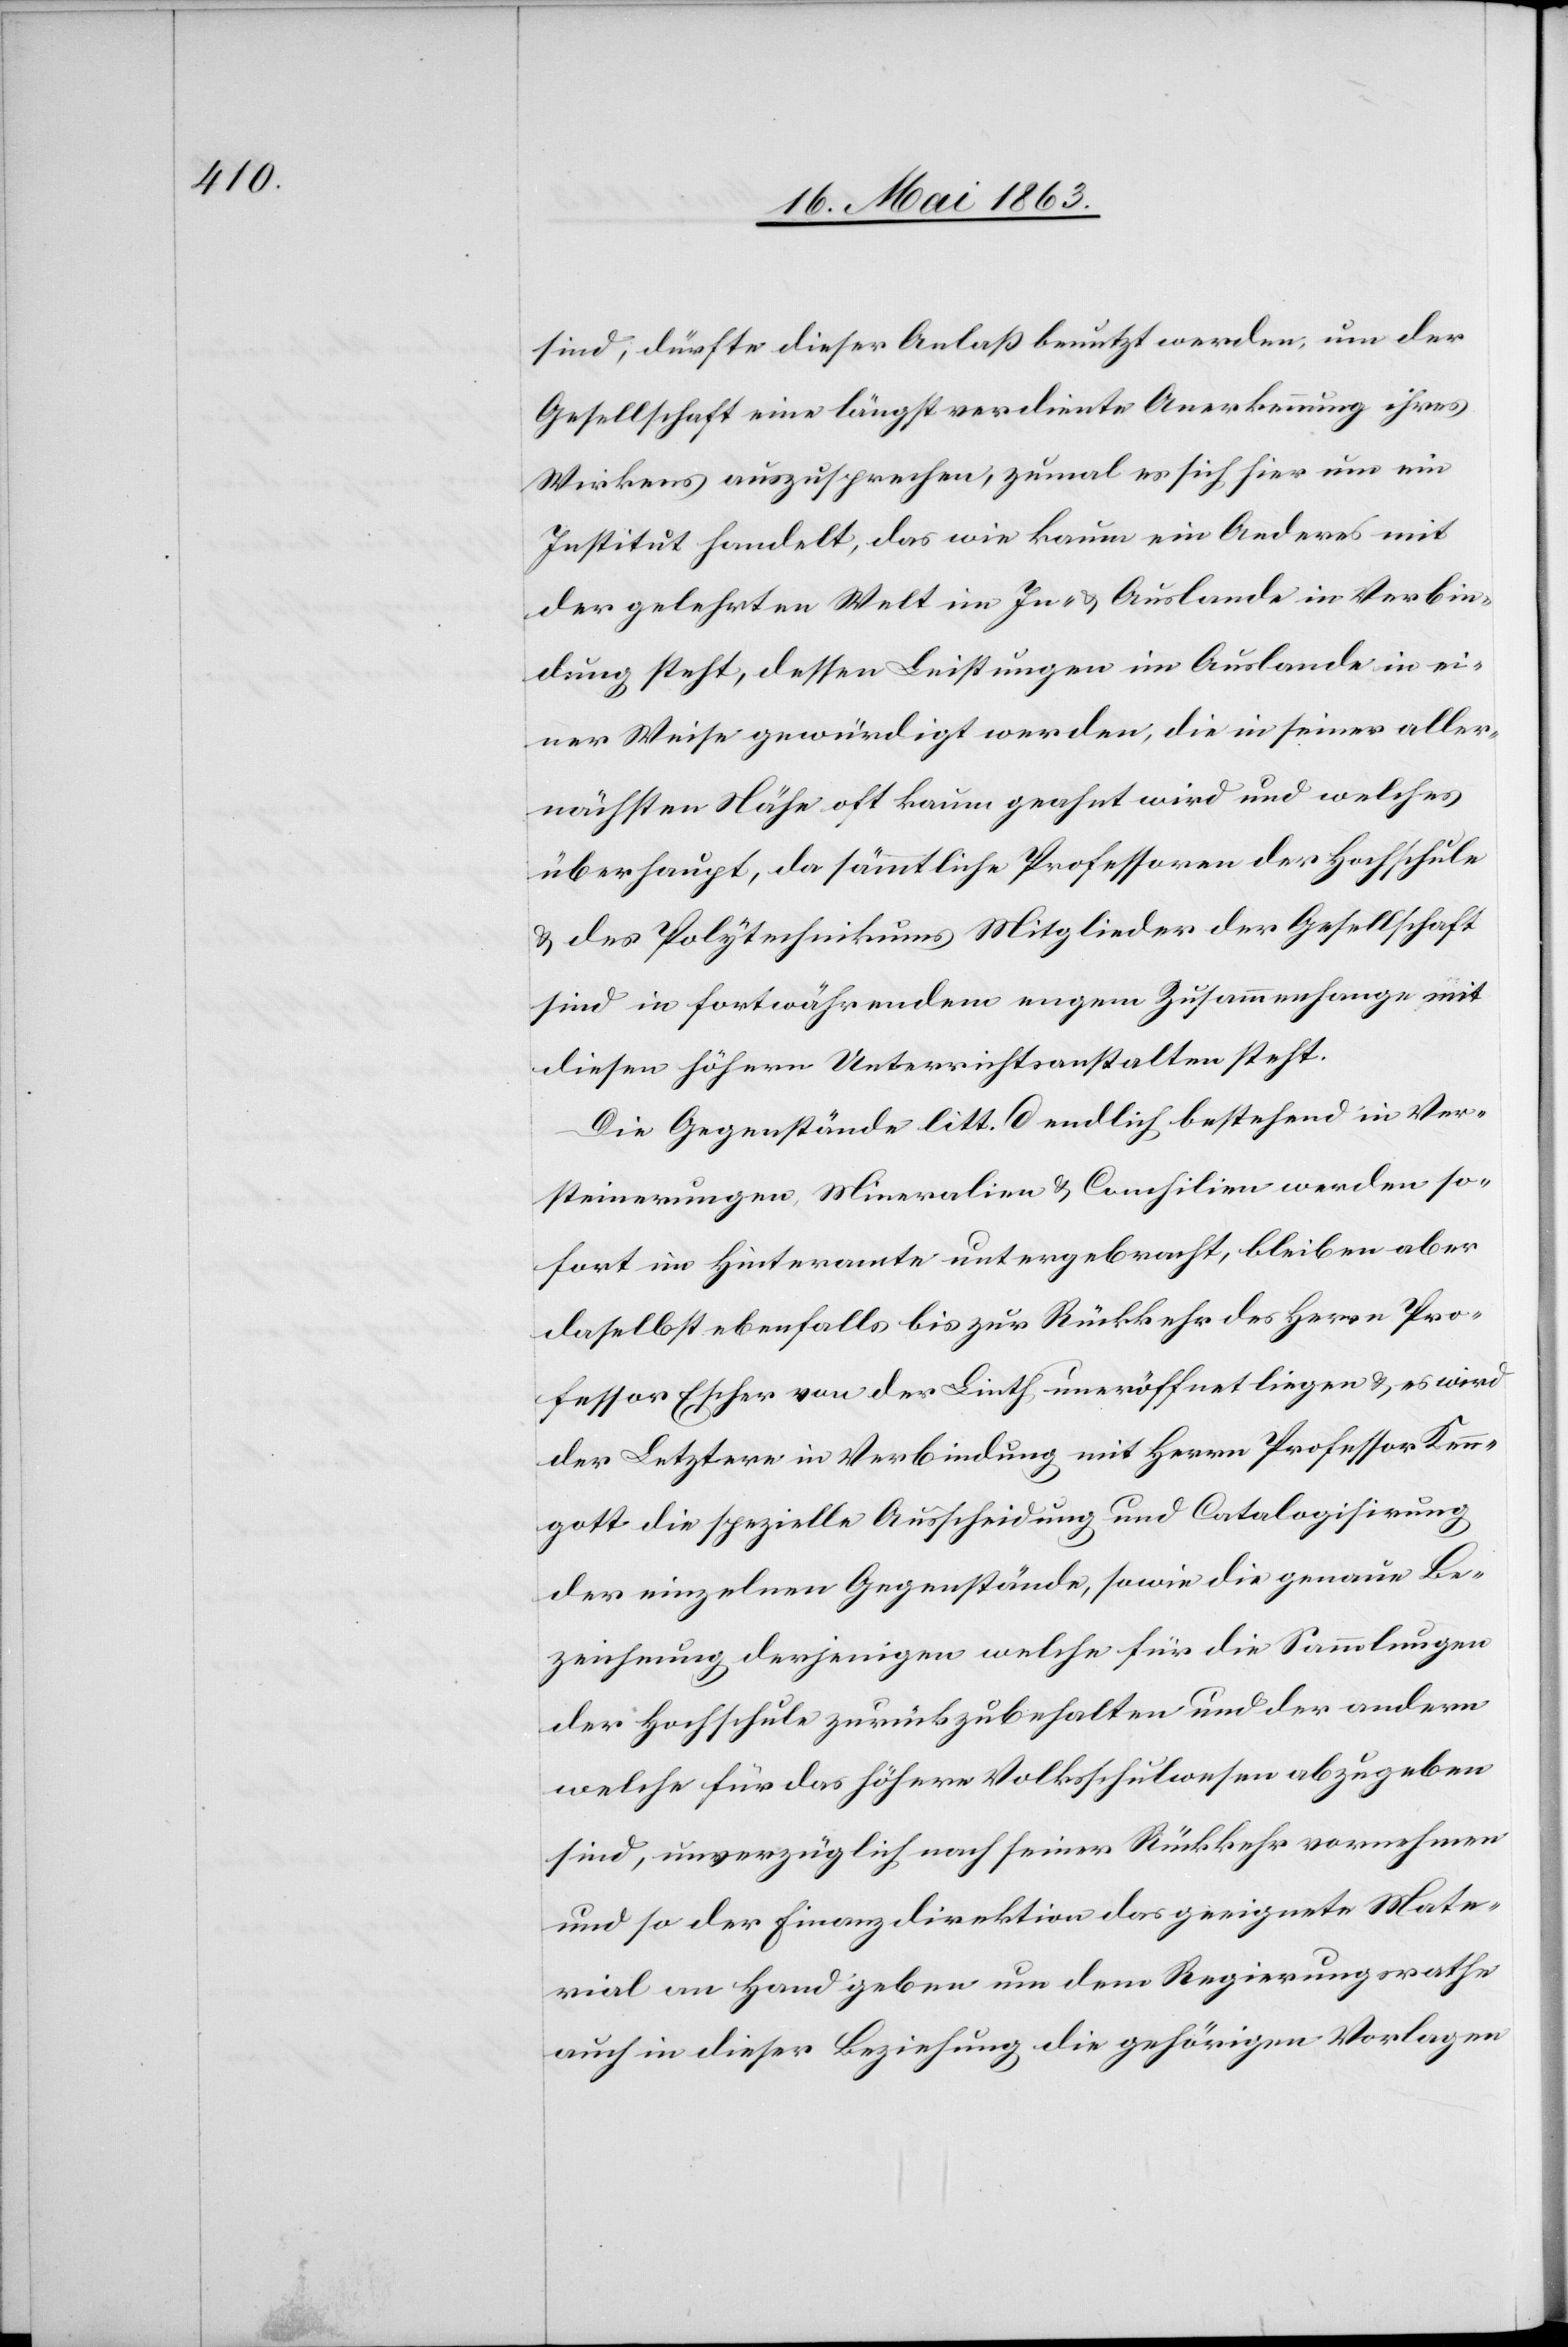
sind, dürfte dieser Anlaß benutzt werden, um der
Gesellschaft eine längst verdiente Anerkennung ihres
Wirkens auszusprechen, zumal es sich hier um ein
Institut handelt, das wie kaum ein Anderes mit
der gelehrten Welt im In- & Auslande in Verbin¬
dung steht, dessen Leistungen im Auslande in ei¬
ner Weise gewürdigt werden, die in seiner aller¬
nächsten Nähe oft kaum geahnt wird und welches
überhaupt, da sämmtliche Professoren der Hochschule
& des Polytechnikums Mitglieder der Gesellschaft
sind in fortwährendem engem Zusammenhange mit
diesen höhern Unterrichtsanstalten steht.
Die Gegenstände litt. d endlich bestehend in Ver¬
steinerungen, Mineralien & Conchilien werden so¬
fort im Hinteramte untergebracht, bleiben aber
daselbst ebenfalls bis zur Rückkehr des Herrn Pro¬
fessor Escher von der Linth uneröffnet liegen & es wird
der Letztere in Verbindung mit Herrn Professor Ken¬
ngott die spezielle Ausscheidung und Catalogisirung
der einzelnen Gegenstände, sowie die genaue Be¬
zeichnung derjenigen welche für die Sammlungen
der Hochschule zurückzubehalten und der andern
welche für das höhere Volksschulwesen abzugeben
sind, unverzüglich nach seiner Rückkehr vornehmen
und so der Finanzdirektion das geeignete Mate¬
rial an Hand geben um dem Regierungsrathe
auch in dieser Beziehung die gehörigen Vorlagen